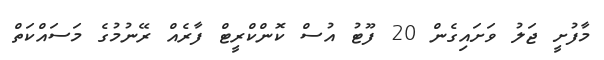
މާފުށީ ޖަލު ވަށައިގެން 20 ފޫޓު އުސް ކޮންކްރީޓް ފާރެއް ރޭނުމުގެ މަސައްކަތް